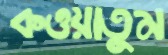
কওয়াতুম